Vaccination North-Western Provinces 1866-1877 - 1866-1877
Year: 1866
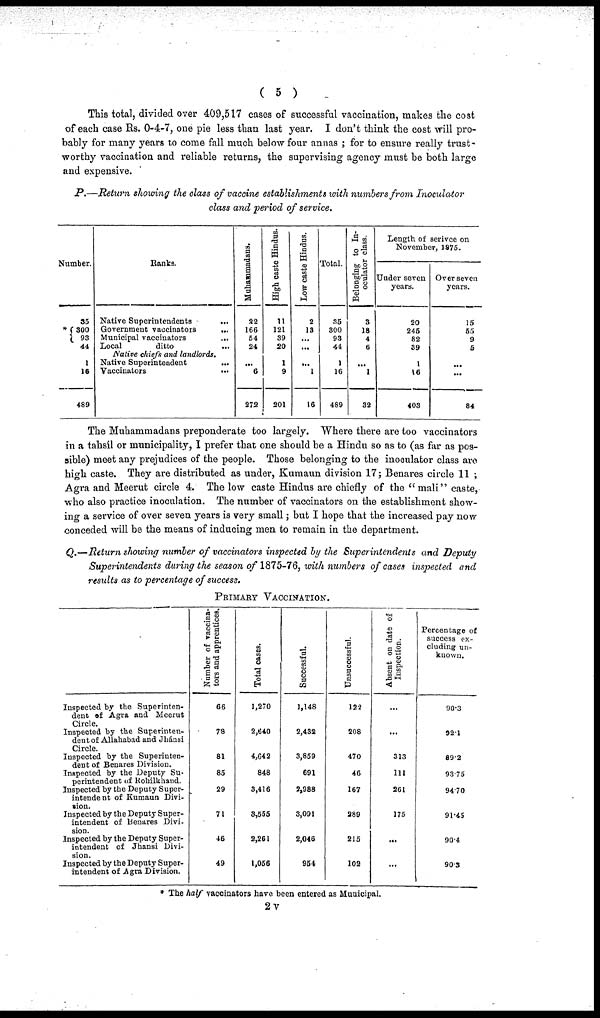
( 5 )
This total, divided over 409,517 cases of successful vaccination, makes the cost
of each case Rs. 0-4-7, one pie less than last year. I don't think the cost will pro-
bably for many years to come fall much below four annas; for to ensure really trust-
worthy vaccination and reliable returns, the supervising agency must be both large
and expensive.
P.— Return showing the class of vaccine establishments with numbers from Inoculator
class and period of service.
Number.
*
35
300
93
44
1
16
489
Ranks.
Native Superintendents ...
Government vaccinators
...
Municipal vaccinators
...
Local
ditto ...
Native chiefs and landlords.
Native Superintendent
...
Vaccinators
...
Muhammadans.
22
166
54
24
...
6
272
High caste Hindus.
11
121
39
20
1
9
201
Low caste Hindus.
2
13
...
...
...
1
16
Total.
35
300
93
44
1
16
489
Belonging to In¬
oculator class.
3
18
4
6
...
1
32
Length of serivce on
November, 1875.
Under seven
years.
20
245
82
39
1
16
403
Over seven
years.
15
55
9
5
...
...
84
The Muhammadans preponderate too largely. Where there are too vaccinators
in a tahsíl or municipality, I prefer that one should be a Hindu so as to (as far as pos-
sible) meet any prejudices of the people. Those belonging to the inoculator class are
high caste. They are distributed as under, Kumaun division 17; Benares circle 11;
Agra and Meerut circle 4. The low caste Hindus are chiefly of the "mali" caste,
who also practice inoculation. The number of vaccinators on the establishment show¬
ing a service of over seven years is very small; but I hope that the increased pay now
conceded will be the means of inducing men to remain in the department.
Q.— Return showing number of vaccinators inspected by the Superintendents and Deputy
Superintendents during the season of 1875-76, with numbers of cases inspected and
results as to percentage of success.
PRIMARY VACCINATION.
Inspected by the Superinten-
dent of Agra and Meerut
Circle.
Inspected by the Superinten-
dent of Allahabad and Jhánsi
Circle.
Inspected by the Superinten-
dent of Benares Division.
Inspected by the Deputy Su-
perintendent of Rohilkhand.
Inspected by the Deputy Super¬
intendent of Kumaun Divi-
sion.
Inspected by the Deputy Super-
intendent of Benares Divi-
sion.
Inspected by the Deputy Super-
intendent of Jhansi Divi-
sion.
Inspected by the Deputy Super-
intendent of Agra Division.
Number of vaccina-
tors and apprentices.
66
78
81
85
29
71
46
49
Total cases.
1,270
2,640
4,642
848
3,416
3,555
2,261
1,056
Successful.
1,148
2,432
3,859
691
2,988
3,091
2,046
954
Unsuccessful.
122
208
470
46
167
289
215
102
Absent on date of
Inspection.
...
...
313
111
261
175
...
...
Percentage of
success ex-
cluding un-
known.
90.3
92.1
89.2
93.75
94.70
91.45
90.4
90.3
* The half vaccinators have been entered as Municipal.
2v